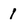
Character: 1